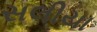
સલીયા